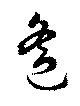
遙